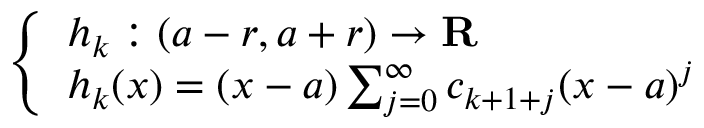
\left\{ \begin{array} { l l } { h _ { k } : ( a - r , a + r ) \to \mathbf { R } } \\ { h _ { k } ( x ) = ( x - a ) \sum _ { j = 0 } ^ { \infty } c _ { k + 1 + j } ( x - a ) ^ { j } } \end{array} \right.